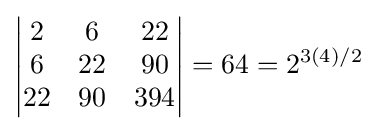
{\begin{vmatrix}2&6&22\\6&22&90\\22&90&394\end{vmatrix}}=64=2^{3(4)/2}